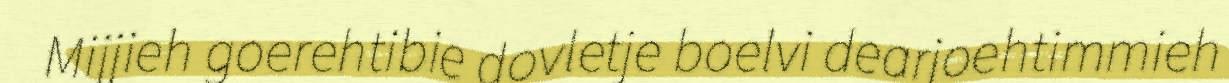
Mijjieh goerehtibie dovletje boelvi dearjoehtimmieh